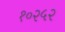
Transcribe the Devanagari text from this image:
१०२५२